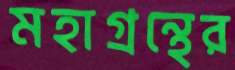
মহাগ্রন্থের